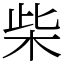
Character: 柴